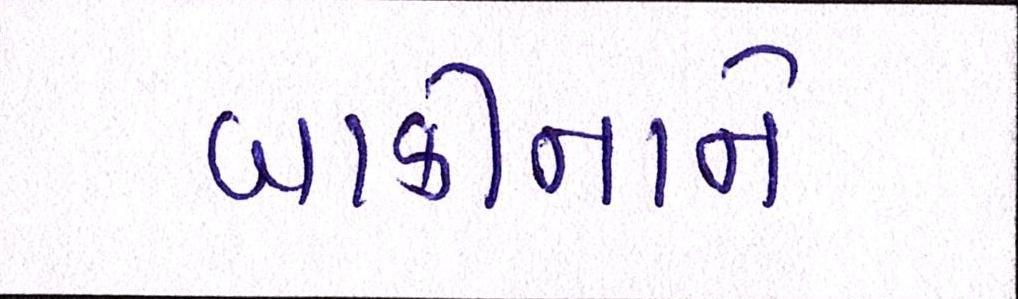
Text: બાકીનાને